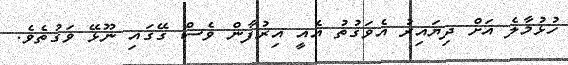
ހުޅުމާލެ އަށް ދިޔައިރު އެވަގުތު އެއީ އިރުފާން ވެސް ގޭގައި ނޫޅޭ ވަގުތެވެ.